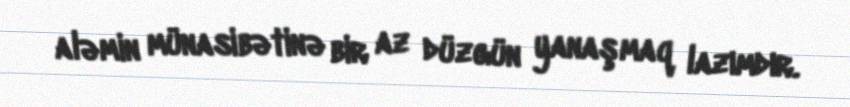
aləmin münasibətinə bir az düzgün yanaşmaq lazımdır.